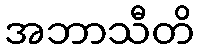
အဘာသီတိ